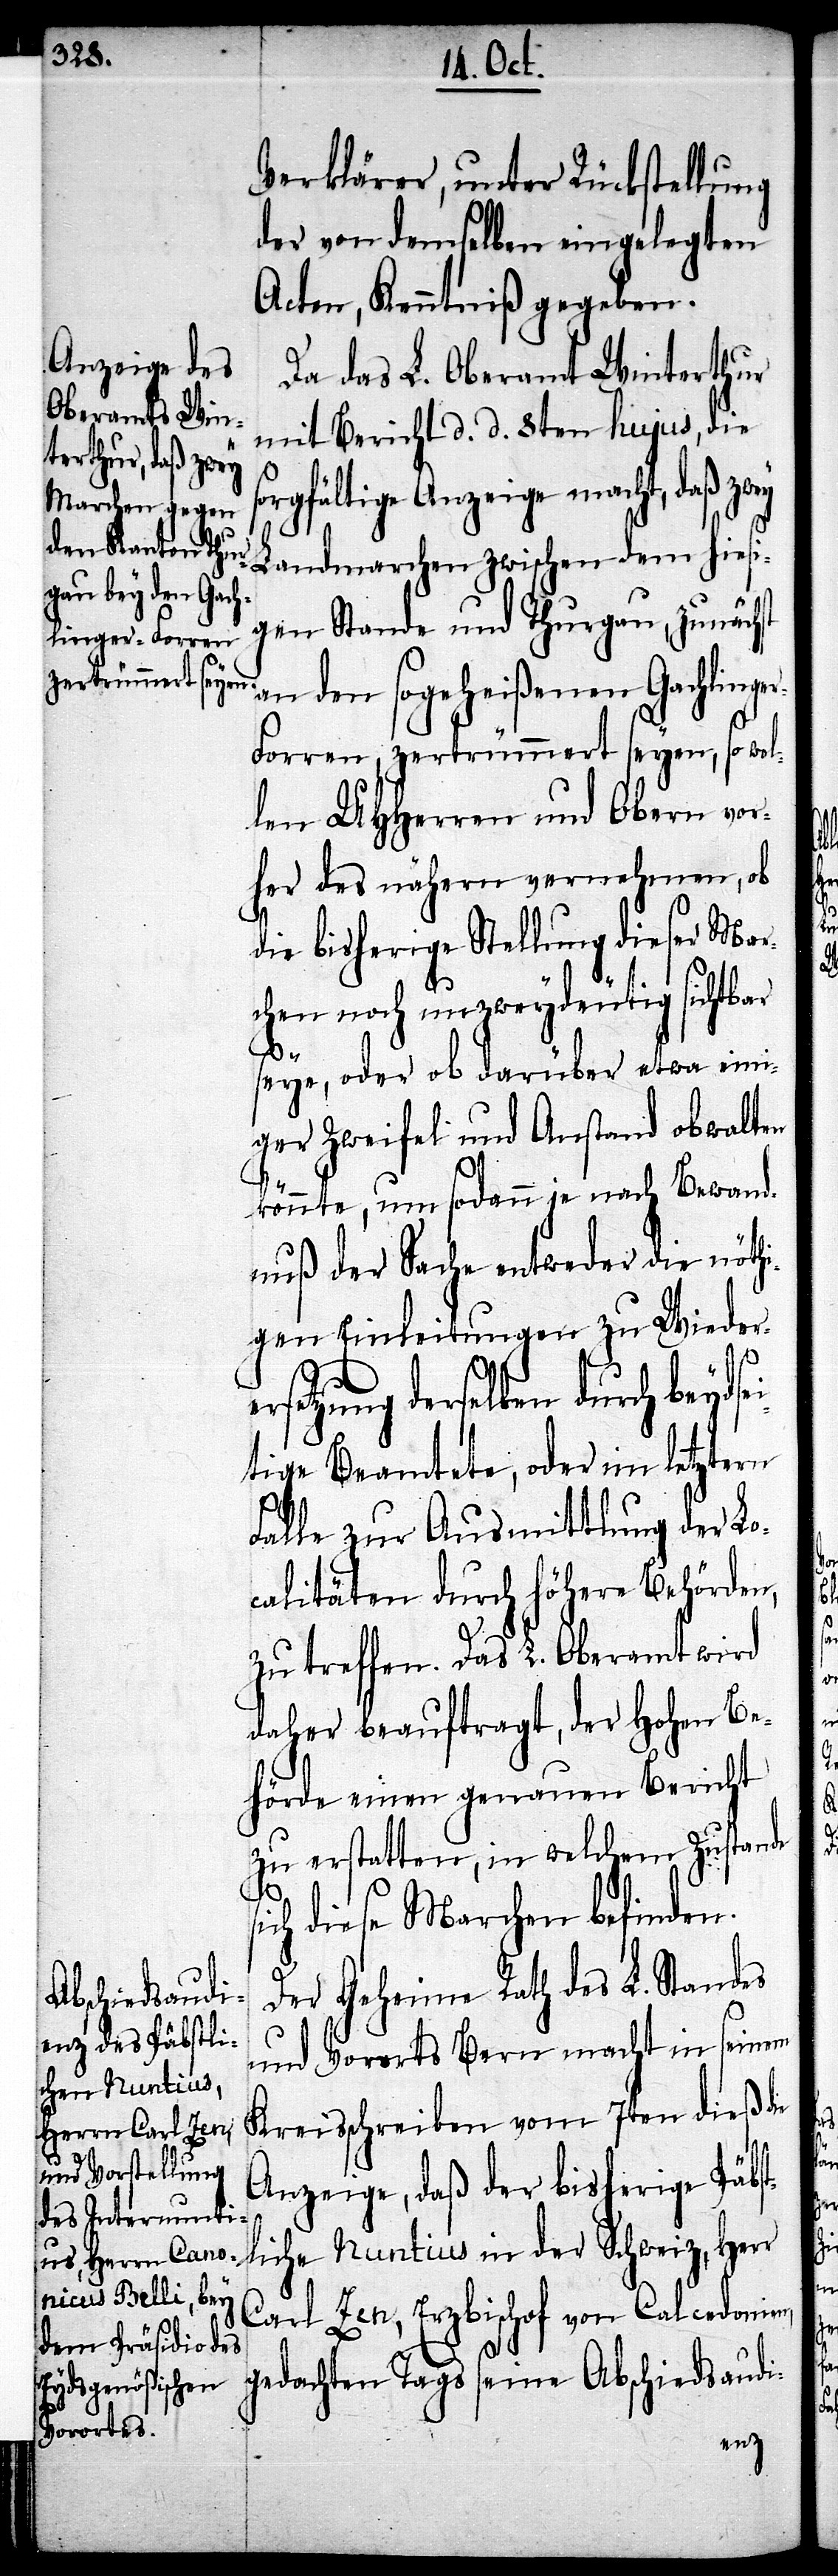
Verklärer, unter Rückstellung
der von demselben eingelegten
Acten, Kenntniß gegeben.
Da das L. Oberamt Winterthur
mit Bericht d. d. 8ten hujus, die
rgfältige Anzeige macht, daß zw¬
Landmarchen zwischen dem hiesi¬
gen Stande und Thurgau, zunächst
an den sogeheißenen Gachlinge¬
r-Forren, zertrümmert seyen, so wol¬
len UHHerren und Obern vor¬
her des nähern vernehmen, ob
die bisherige Stellung dieser Mar¬
chen noch unzweydeutig sichtbar
s¬
seye, oder ob darüber etwa eini¬
ger Zweifel und Anstand obwalten
könnte, um sodann je nach Bewand¬
nuß der Sache entweder die nöthi¬
gen Einleitungen zu Wieder¬
setzung derselben durch beydse¬
itige Beamtete, oder im letztern
Falle zu Ausmittlung der Lo¬
calitäten durch höhere Behörden,
zu treffen. Das L. Oberamt wird
daher beauftragt, der hohen Be¬
hörde einen genauen Bericht
zu erstatten, in welchem Zustande
ich diese Marchen befinden.
Der Geheime Rath des L. Standes
und Vororts Bern macht in seinem
Kreisschreiben vom 7ten dieß die
Anzeige, daß der bisherige Päbst¬
liche Nuntius in der Schweiz, Herr
Carl Zen, Erzbischof von Calcedonien,
gedachten Tags seine Abschiedsaudi-